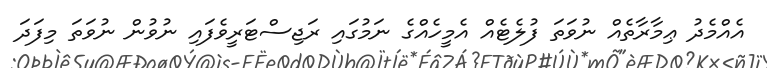
އެއްމެދު ޢިމާރާތެއް ނުވަތަ ފުލެޓެއް އެމީހެއްގެ ނަމުގައި ރަޖިސްޓަރީވެފައި ނުވުން ނުވަތަ މިފަދަ